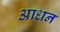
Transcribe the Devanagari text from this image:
आधन